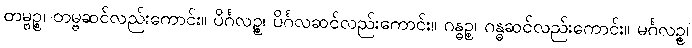
တမ္ဗဉ္စ၊ တမ္ဗဆင်လည်းကောင်း။ ပိင်္ဂလဉ္စ၊ ပိင်္ဂလဆင်လည်းကောင်း။ ဂန္ဓဉ္စ၊ ဂန္ဓဆင်လည်းကောင်း။ မင်္ဂလဉ္စ၊